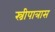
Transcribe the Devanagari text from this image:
स्त्रीपात्रास